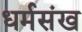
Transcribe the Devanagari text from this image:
धर्मसंख